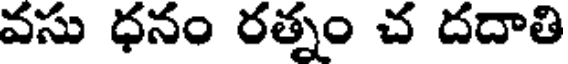
వసు ధనం రత్నం చ దదాతి